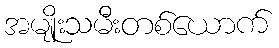
အမျိုးသမီးတစ်ယောက်